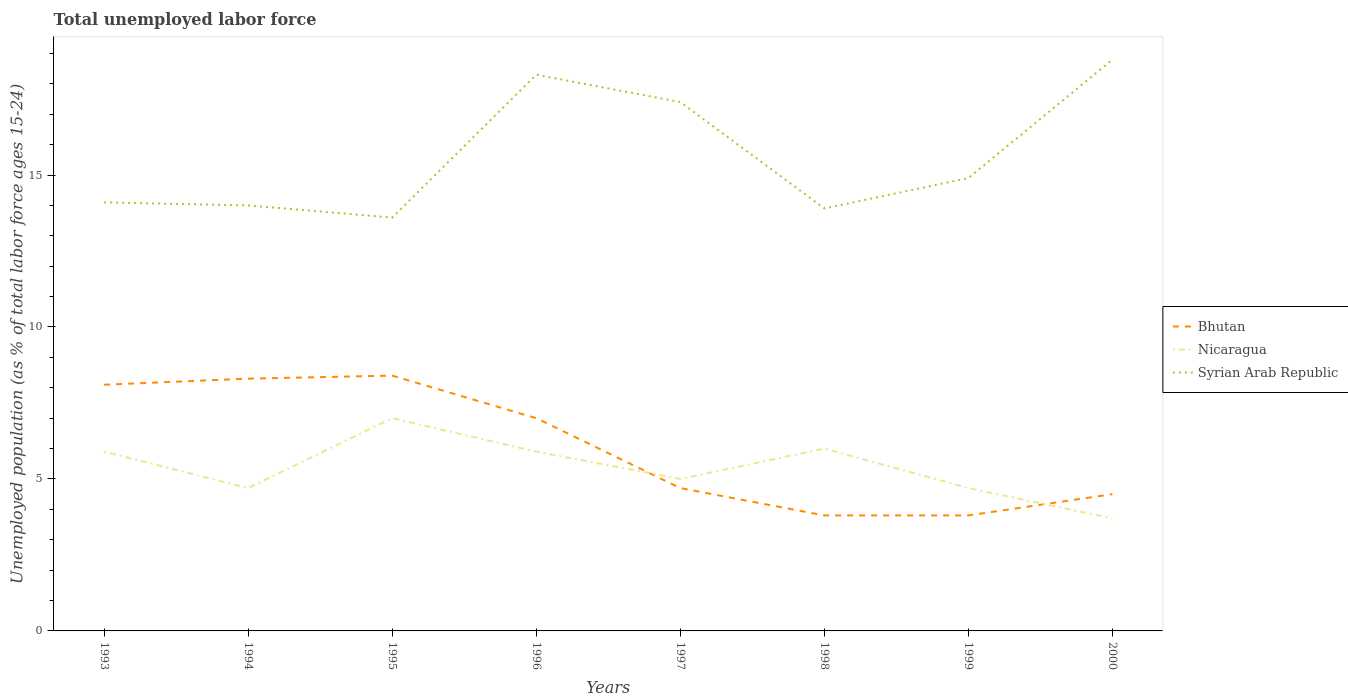
| Years | Bhutan | Nicaragua | Syrian Arab Republic |
 | --- | --- | --- | --- |
 | 1993 | 8.1 | 5.9 | 14.1 |
 | 1994 | 8.3 | 4.7 | 14 |
 | 1995 | 8.4 | 7 | 13.6 |
 | 1996 | 7 | 5.9 | 18.3 |
 | 1997 | 4.7 | 5 | 17.4 |
 | 1998 | 3.8 | 6 | 13.9 |
 | 1999 | 3.8 | 4.7 | 14.9 |
 | 2000 | 4.5 | 3.7 | 18.8 |